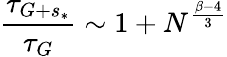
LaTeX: \frac{\tau_{G+s_{*}}}{\tau_{G}}\sim 1+N^{\frac{\beta-4}{3}}